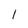
Character: I